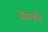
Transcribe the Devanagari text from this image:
प्रान्‍तो